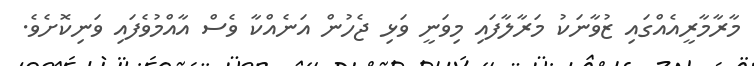
މާރާމާރީއެއްގައި ޒުވާނަކު މަރާލާފައި މިވަނީ ވަޅި ޖެހުން އަނެއްކާ ވެސް އާއްމުވެފައި ވަނިކޮށެވެ.